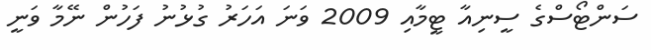
ސަންޓޯސްގެ ސީނިއާ ޓީމާއި 2009 ވަނަ އަހަރު ގުޅުނު ފަހުން ނޭމާ ވަނީ